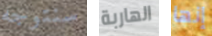
سنتوجه الهاربة إنها